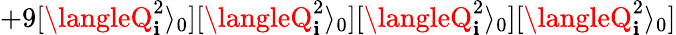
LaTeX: +9[\langleQ_{\mathbf{i}}^{2}\rangle_{0}][\langleQ_{\mathbf{i}}^{2}\rangle_{0}][\langleQ_{\mathbf{i}}^{2}\rangle_{0}][\langleQ_{\mathbf{i}}^{2}\rangle_{0}]